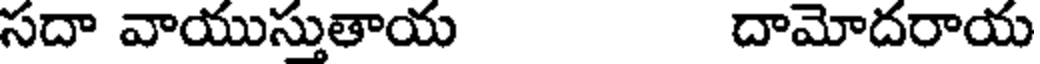
సదా వాయుస్తుతాయ దామోదరాయ